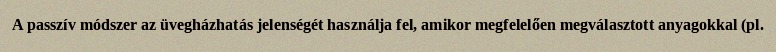
A passzív módszer az üvegházhatás jelenségét használja fel, amikor megfelelően megválasztott anyagokkal (pl.